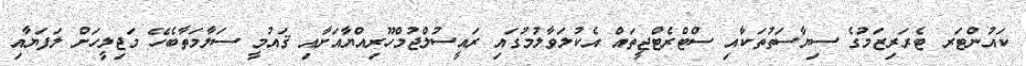
ކައުންޓަރ ޓެރަރިޒަމުގެ ސިޔާސަތުތަކާއި ސްޓްރެޓްޖީތައް އެކުލަވާލުމުގައި ރައީސުލްޖުމްހޫރިއްޔާއަށާއި ޤައުމީ ސަލާމަތާބެހޭ މަޖިލީހަށް ލަފަޔާއި